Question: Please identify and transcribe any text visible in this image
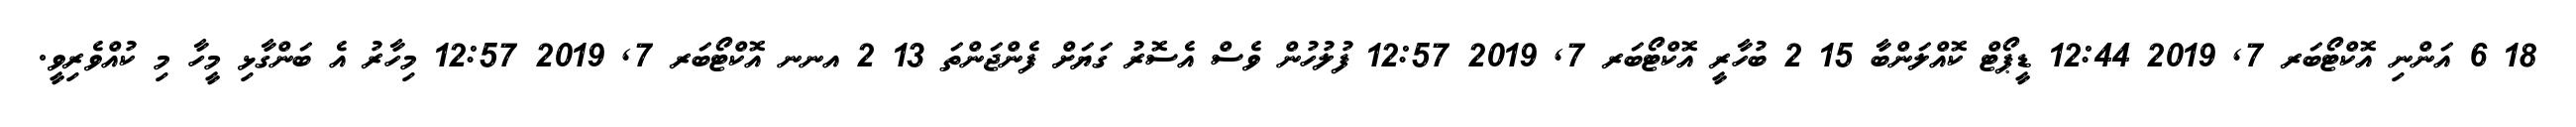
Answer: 18 6 އަންނި އޮކްޓޯބަރ 7, 2019 12:44 ޑީޕޯޓް ކޮއްލަންބާ 15 2 ބުހާރީ އޮކްޓޯބަރ 7, 2019 12:57 ފުލުހުން ވެސް އެސޮރު ގަޔަށް ފެންޖަންތަ 13 2 އނނ އޮކްޓޯބަރ 7, 2019 12:57 މިހާރު އެ ބަންގާޅި މީހާ މި ކުއްވެރިވީ.